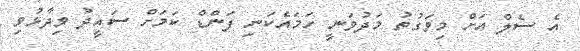
އެ ސެލް އަށް މިވަގުތު މަދުވަނީ ހަމައެކަނި ފަންޑް ކަމަށް ސައީދު ވިދާޅުވި